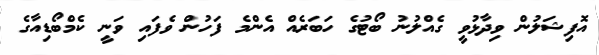
އޮފިޝަލުން ވިދާޅުވީ ގެއްލުނު ބޯޓުގެ ހަބަރެއް އެންމެ ފަހުން ވެފައި ވަނީ ކެމްބޯޑިއާގެ